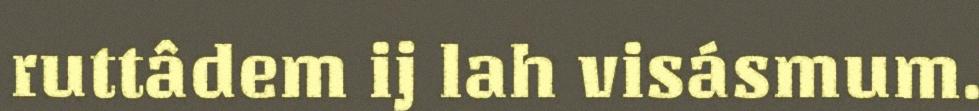
ruttâdem ij lah visásmum.